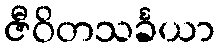
ဇီဝိတသင်္ခယာ